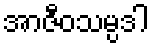
အာဇီဝသမ္ပဒါ